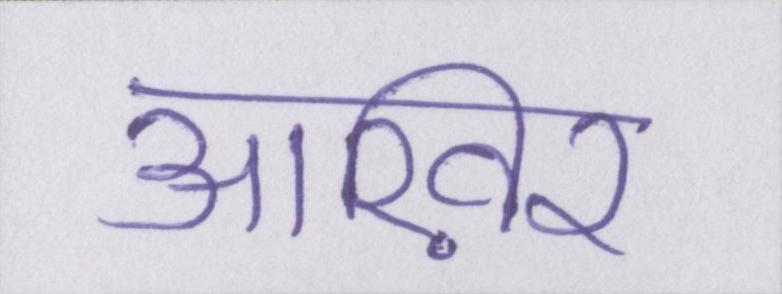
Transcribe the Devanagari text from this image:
आख़िर